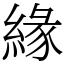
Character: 緣